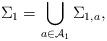
LaTeX: \begin{align*}\Sigma_1 = \bigcup_{a \in \mathcal A_1} \Sigma_{1,a},\end{align*}